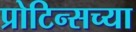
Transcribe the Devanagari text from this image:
प्रोटिन्सच्या